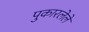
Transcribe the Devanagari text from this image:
पुकारलेले